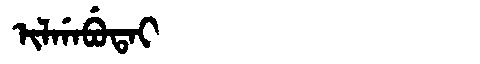
Manchu: ᡳᠯᡤᠠᠪᡠᡨᠠᡳ
Romanization: ILGABUTAI